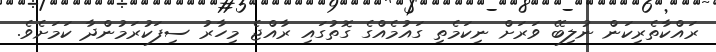
ރައްކާތެރިކަން ނުލިބޭ ވަރަށް ނިކަމެތި ގައުމެއްގެ ގޮތުގައި ރާއްޖެ މިހާރު ސިފަކުރަމުންދާ ކަމަށެވެ.